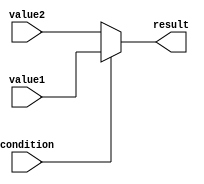
module conditional_assignment (
    input wire condition,
    input wire [7:0] value1,
    input wire [7:0] value2,
    output reg [7:0] result
);

always @* begin
    if (condition) begin
        result = value1;
    end else begin
        result = value2;
    end
end

endmodule